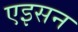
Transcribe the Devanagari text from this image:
एइसन